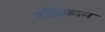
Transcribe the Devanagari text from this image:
नक्षिकाम